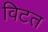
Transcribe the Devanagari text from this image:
विटत